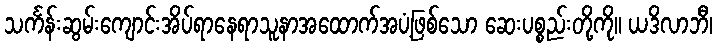
သင်္ကန်းဆွမ်းကျောင်းအိပ်ရာနေရာသူနာအထောက်အပံ့ဖြစ်သော ဆေးပစ္စည်းတို့ကို။ ယဒိလာဘီ၊